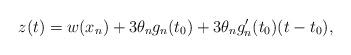
LaTeX: \begin{align*}z(t) = w(x_n) + 3 \theta_n g_n (t_0)+ 3 \theta_n g_n'(t_0) (t-t_0),\end{align*}